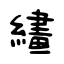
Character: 繣